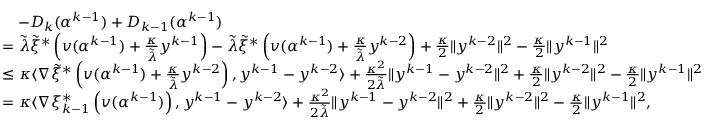
\begin{array} { r l } & { \quad - D _ { k } ( \alpha ^ { k - 1 } ) + D _ { k - 1 } ( \alpha ^ { k - 1 } ) } \\ & { = { \tilde { \lambda } } { \tilde { \xi } } ^ { * } \left( v ( \alpha ^ { k - 1 } ) + \frac { \kappa } { { \tilde { \lambda } } } y ^ { k - 1 } \right) - { \tilde { \lambda } } { \tilde { \xi } } ^ { * } \left( v ( \alpha ^ { k - 1 } ) + \frac { \kappa } { { \tilde { \lambda } } } y ^ { k - 2 } \right) + \frac { \kappa } { 2 } \| y ^ { k - 2 } \| ^ { 2 } - \frac { \kappa } { 2 } \| y ^ { k - 1 } \| ^ { 2 } } \\ & { \leq \kappa \langle \nabla { \tilde { \xi } } ^ { * } \left( v ( \alpha ^ { k - 1 } ) + \frac { \kappa } { { \tilde { \lambda } } } y ^ { k - 2 } \right) , y ^ { k - 1 } - y ^ { k - 2 } \rangle + \frac { \kappa ^ { 2 } } { 2 { \tilde { \lambda } } } \| y ^ { k - 1 } - y ^ { k - 2 } \| ^ { 2 } + \frac { \kappa } { 2 } \| y ^ { k - 2 } \| ^ { 2 } - \frac { \kappa } { 2 } \| y ^ { k - 1 } \| ^ { 2 } } \\ & { = \kappa \langle \nabla { \xi } _ { k - 1 } ^ { * } \left( v ( \alpha ^ { k - 1 } ) \right) , y ^ { k - 1 } - y ^ { k - 2 } \rangle + \frac { \kappa ^ { 2 } } { 2 { \tilde { \lambda } } } \| y ^ { k - 1 } - y ^ { k - 2 } \| ^ { 2 } + \frac { \kappa } { 2 } \| y ^ { k - 2 } \| ^ { 2 } - \frac { \kappa } { 2 } \| y ^ { k - 1 } \| ^ { 2 } , } \end{array}